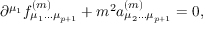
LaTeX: \partial ^ { \mu _ { 1 } } f _ { \mu _ { 1 } \dots \mu _ { p + 1 } } ^ { ( m ) } + m ^ { 2 } a _ { \mu _ { 2 } \dots \mu _ { p + 1 } } ^ { ( m ) } = 0 ,